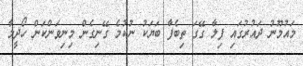
މައުމޫނު ދައުރުގައި ފިލާ ގޭގަ ތިބެފާ ބަޔަކު ނުކުމެ ގޭނިގެން މިނިވަންކަން ހޯދީމާ